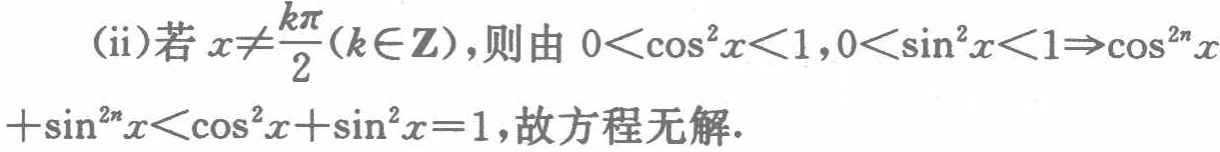
(ii)若 \(x\neq\frac{k\pi}{2}(k\in\mathbf{Z})\)，则由 \(0<\cos^{2}x<1,0<\sin^{2}x<1\Rightarrow\cos^{2n}x+\sin^{2n}x<\cos^{2}x+\sin^{2}x = 1\)，故方程无解.